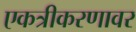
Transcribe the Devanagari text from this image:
एकत्रीकरणावर